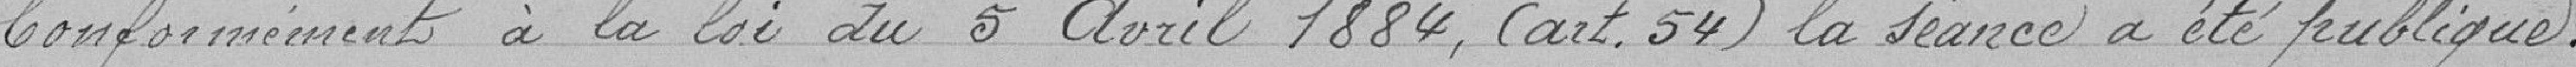
Conformément à la loi du 5 avril 1884 (article 54) la s"ance a été publique